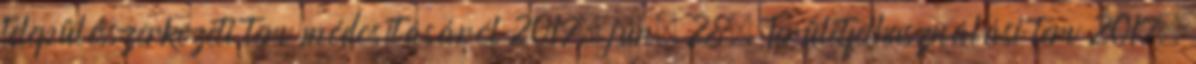
településszerkezeti terv módosításáról 2017. jún. 28. Területfelhasználási terv 2017.